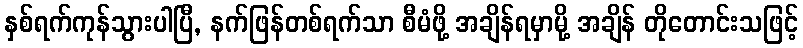
နှစ်ရက်ကုန်သွားပါပြီ, နက်ဖြန်တစ်ရက်သာ စီမံဖို့ အချိန်ရမှာမို့ အချိန် တိုတောင်းသဖြင့်